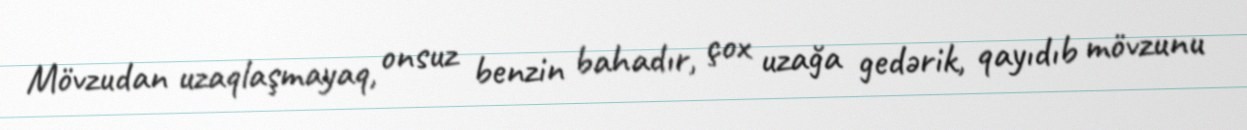
Mövzudan uzaqlaşmayaq, onsuz benzin bahadır, çox uzağa gedərik, qayıdıb mövzunu